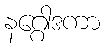
နဂ္ဂေါဒကာ